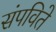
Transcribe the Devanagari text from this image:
संपविते